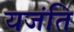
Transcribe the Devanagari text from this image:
यजंति